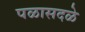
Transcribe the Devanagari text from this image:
पळासदळे